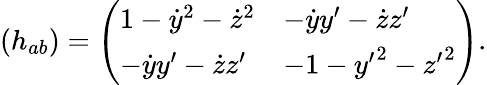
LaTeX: (h_{ab})=\left(\begin{array}{ll}{{1-\dot{y}^{2}-\dot{z}^{2}}}&{{-\dot{y}y^{\prime}-\dot{z}z^{\prime}}}\\ {{-\dot{y}y^{\prime}-\dot{z}z^{\prime}}}&{{-1-{y^{\prime}}^{2}-{z^{\prime}}^{2}}}\end{array}\right).